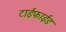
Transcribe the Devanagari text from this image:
टाईफाईड